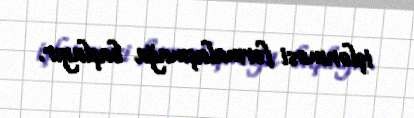
işlənməsi formalaşmağa başlayır.